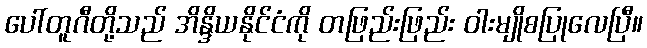
ပေါ်တူဂီတို့သည် အိန္ဒိယနိုင်ငံကို တဖြည်းဖြည်း ဝါးမျိုစပြုလေပြီ။